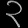
Digit: ၃